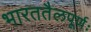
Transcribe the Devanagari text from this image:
भारततैलपूर्णः